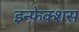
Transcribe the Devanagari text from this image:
इन्फ़ेक्शस